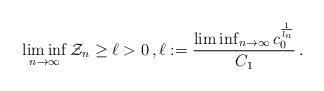
LaTeX: \begin{align*}\liminf_{n \to \infty} \mathcal{Z}_n \ge \ell > 0 \, , \ell:= \frac{\liminf_{n \to \infty} c_0^{\frac{1}{l_n}}}{C_1} \, . \end{align*}